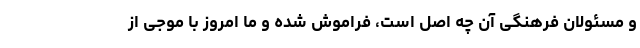
و مسئولان فرهنگی آن چه اصل است، فراموش شده و ما امروز با موجی از